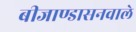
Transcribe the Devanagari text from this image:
बीजाण्डासनवाले